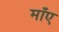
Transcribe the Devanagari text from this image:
माँए